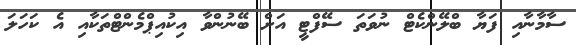
ސާމާނާއި ފަޔާ ބްލޭންކެޓް ނުވަތަ ސޭފްޓީ އަށް ބޭނުންވާ އިކުއިޕްމެންޓްތަކާއި އެ ކަހަލަ